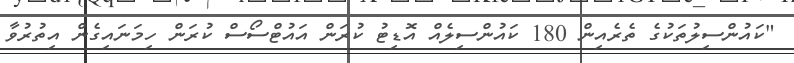
"ކައުންސިލުތަކުގެ ތެރެއިން 180 ކައުންސިލެއް އޮޑިޓު ކުރަން އައުޓްސޯސް ކުރަން ހިމަނައިގެން އިތުރުވާ